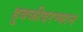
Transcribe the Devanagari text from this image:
हुबळीदरम्यान